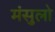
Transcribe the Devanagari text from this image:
मंसुलो